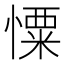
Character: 憟